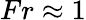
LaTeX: Fr\approx 1